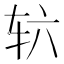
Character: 𮝳